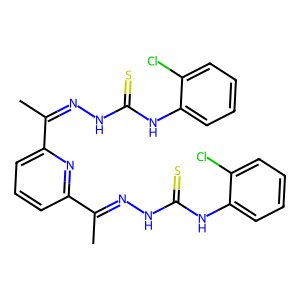
SMILES: CC(=NNC(=S)Nc1ccccc1Cl)c1cccc(C(C)=NNC(=S)Nc2ccccc2Cl)n1
Inhibits HIV replication: No